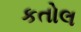
કતોલ